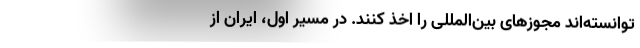
توانسته‌اند مجوزهای بین‌المللی را اخذ کنند. در مسیر اول، ایران از